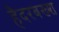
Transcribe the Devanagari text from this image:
हैदरबख्श